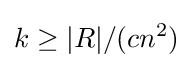
k\geq |R|/(cn^{2})